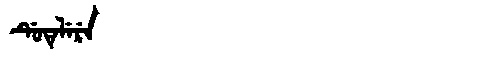
Manchu: ᡩᡠᡨᡝᠯᡝᡵᡝ
Romanization: DUTELERE